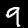
Label: 9